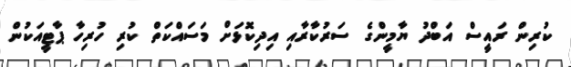
ކުރިން ރައީސް އަބްދު ޔާމީންގެ ސަރުކާރާއި އިދިކޮޅަށް މަސައްކަތް ކުރި ހުރިހާ ޕާޓީއަކުން